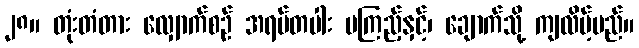
၂၈။ တုံးတံတား လျှောက်စဉ် အရပ်တပါး မကြည့်နှင့်၊ ချောက်သို့ ကျလိမ့်မည်။